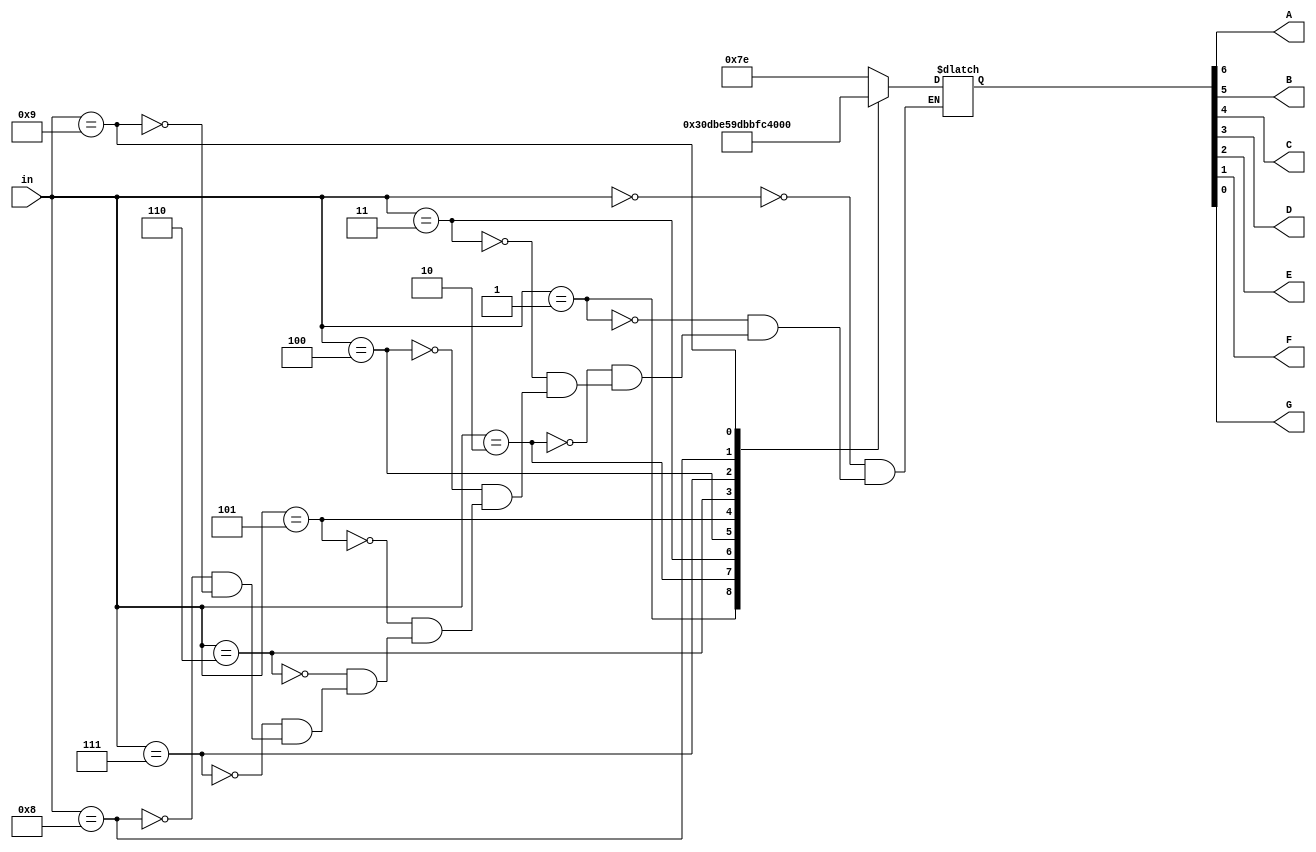
module SSLC (in,A,B,C,D,E,F,G);

    input wire [3:0] in;
    output reg A,B,C,D,E,F,G;

    reg [6:0] in_out;

    parameter _0=7'b1111110, _1=7'b0110000, _2=7'b1101101, _3=7'b1111001, _4=7'b0110011, _5=7'b1011011, _6=7'b1011111, _7=7'b1110000, _8=7'b1111111, _9=7'b1111011;

    always @(in) begin
        case (in)
            4'b0000:
            in_out <= _0;

            4'b001:
            in_out <= _1;
            
            4'b0010:
            in_out <= _2;

            4'b0011:
            in_out <= _3;

            4'b0100:
            in_out <= _4;

            4'b0101:
            in_out <= _5;

            4'b0110:
            in_out <= _6;

            4'b0111:
            in_out <=_7;

            4'b1000:
            in_out <=_8;

            4'b1001:
            in_out <=_9;

        endcase
      
    end

    assign {A,B,C,D,E,F,G} = in_out[6:0];

endmodule